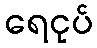
ရေငုပ်